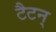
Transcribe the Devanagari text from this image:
टैटन्